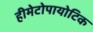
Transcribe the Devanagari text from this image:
हीमेटोपायोटिक